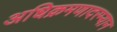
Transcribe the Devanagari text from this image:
अधिक्रमणादरम्यान